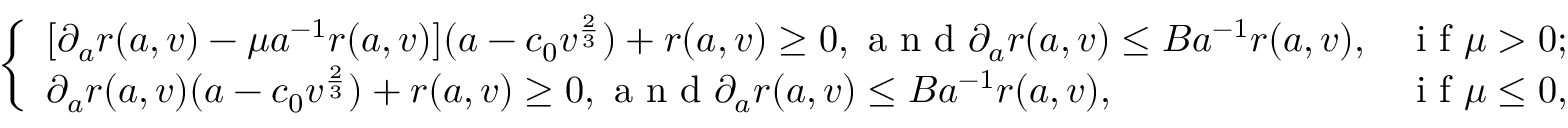
\begin{array} { r } { \left\{ \begin{array} { l l } { [ \partial _ { a } r ( a , v ) - \mu a ^ { - 1 } r ( a , v ) ] ( a - c _ { 0 } v ^ { \frac { 2 } { 3 } } ) + r ( a , v ) \geq 0 , \textup { a n d } \partial _ { a } r ( a , v ) \leq B a ^ { - 1 } r ( a , v ) , } & { \textup { i f } \mu > 0 ; } \\ { \partial _ { a } r ( a , v ) ( a - c _ { 0 } v ^ { \frac { 2 } { 3 } } ) + r ( a , v ) \geq 0 , \textup { a n d } \partial _ { a } r ( a , v ) \leq B a ^ { - 1 } r ( a , v ) , } & { \textup { i f } \mu \leq 0 , } \end{array} \right. } \end{array}